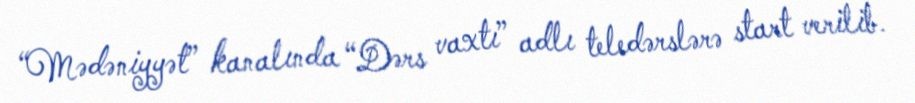
“Mədəniyyət” kanalında “Dərs vaxtı” adlı teledərslərə start verilib.